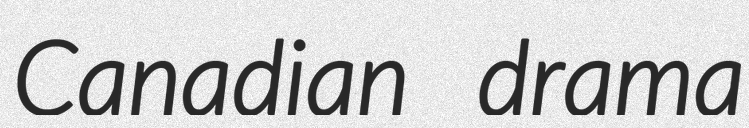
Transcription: Canadian drama